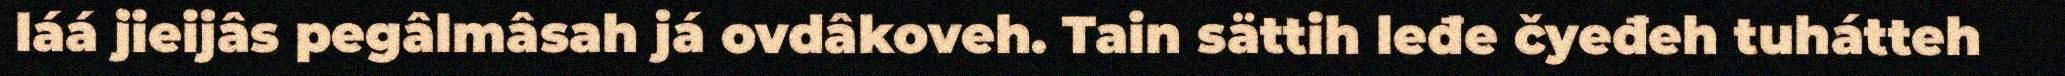
láá jieijâs pegâlmâsah já ovdâkoveh. Tain sättih leđe čyeđeh tuhátteh